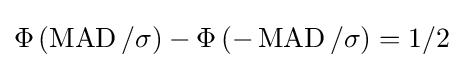
\Phi \left(\operatorname {MAD} /\sigma \right)-\Phi \left(-\operatorname {MAD} /\sigma \right)=1/2